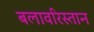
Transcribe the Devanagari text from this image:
बलावरिस्तान